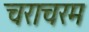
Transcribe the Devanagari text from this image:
चराचरम